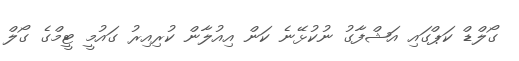
ގޯލްޑް ކަޕްގައި އަޝްފާގު ނުކުޅޭނެ ކަން އިއުލާން ކުރިއިރު ގައުމީ ޓީމްގެ ގޯލް